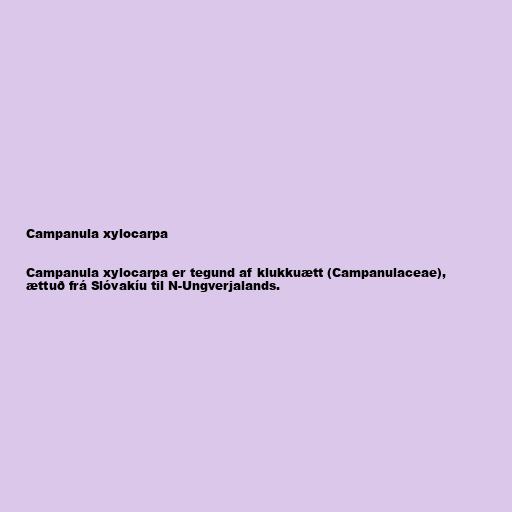
Campanula xylocarpa

Campanula xylocarpa er tegund af klukkuætt (Campanulaceae),
ættuð frá Slóvakíu til N-Ungverjalands.